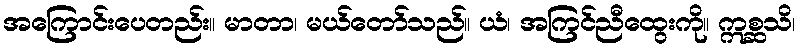
အကြောင်းပေတည်း။ မာတာ၊ မယ်တော်သည်။ ယံ၊ အကြင်ညီထွေးကို။ ဣစ္ဆသိ၊